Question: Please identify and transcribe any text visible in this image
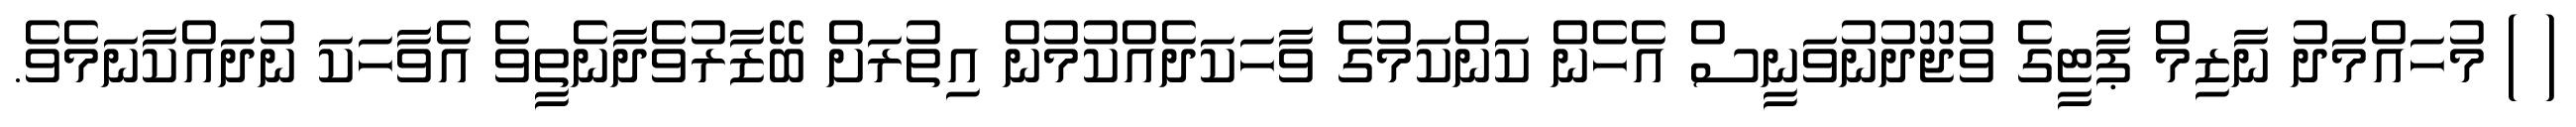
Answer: ( ) މުހައްމަދު ނާޒިމް ޕާޓީގެ ވުޖޫދުނުވަނީސް އެހެން ކަންކަމުގެ ވާހަކަދެއްކުމުން އިތުރަށް ބޭޒާރުވެދާނެތީވެ އެވާހަކަ ނުދައްކާނަމެވެ.